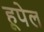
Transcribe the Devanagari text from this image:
हूपेल